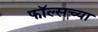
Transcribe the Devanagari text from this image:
फॉल्सच्या